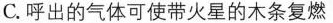
C.呼出的气体可使带火星的木条复燃